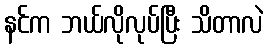
နင်က ဘယ်လိုလုပ်ပြီး သိတာလဲ